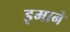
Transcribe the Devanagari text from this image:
इमाने